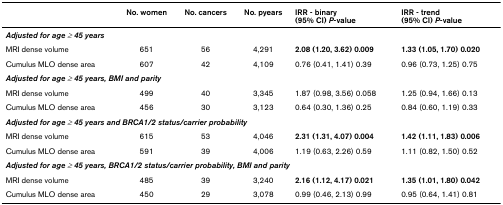
|  | No. women | No. cancers | No. pyears | IRR - binary(95% CI) P-value | IRR - trend(95% CI) P-value |
 | --- | --- | --- | --- | --- | --- |
 | <COLSPAN=6> Adjusted for age ≥ 45 years |
 | MRI dense volume | 651 | 56 | 4,291 | 2.08 (1.20, 3.62) 0.009 | 1.33 (1.05, 1.70) 0.020 |
 | Cumulus MLO dense area | 607 | 42 | 4,109 | 0.76 (0.41, 1.41) 0.39 | 0.96 (0.73, 1.25) 0.75 |
 | <COLSPAN=6> Adjusted for age ≥ 45 years, BMI and parity |
 | MRI dense volume | 499 | 40 | 3,345 | 1.87 (0.98, 3.56) 0.058 | 1.25 (0.94, 1.66) 0.13 |
 | Cumulus MLO dense area | 456 | 30 | 3,123 | 0.64 (0.30, 1.36) 0.25 | 0.84 (0.60, 1.19) 0.33 |
 | <COLSPAN=6> Adjusted for age ≥ 45 years and BRCA1/2 status/carrier probability |
 | MRI dense volume | 615 | 53 | 4,046 | 2.31 (1.31, 4.07) 0.004 | 1.42 (1.11, 1.83) 0.006 |
 | Cumulus MLO dense area | 591 | 39 | 4,006 | 1.19 (0.63, 2.26) 0.59 | 1.11 (0.82, 1.50) 0.52 |
 | <COLSPAN=6> Adjusted for age ≥ 45 years, BRCA1/2 status/carrier probability, BMI and parity |
 | MRI dense volume | 485 | 39 | 3,240 | 2.16 (1.12, 4.17) 0.021 | 1.35 (1.01, 1.80) 0.042 |
 | Cumulus MLO dense area | 450 | 29 | 3,078 | 0.99 (0.46, 2.13) 0.99 | 0.95 (0.64, 1.41) 0.81 |